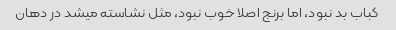
کباب بد نبود، اما برنج اصلا خوب نبود، مثل نشاسته میشد در دهان